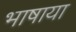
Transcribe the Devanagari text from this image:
भाषाया